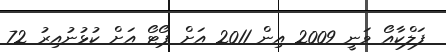
ފަލްކާއޯ ވަނީ 2009 އިން 2011 އަށް ޕޯޓޯ އަށް ކުޅުނުއިރު 72